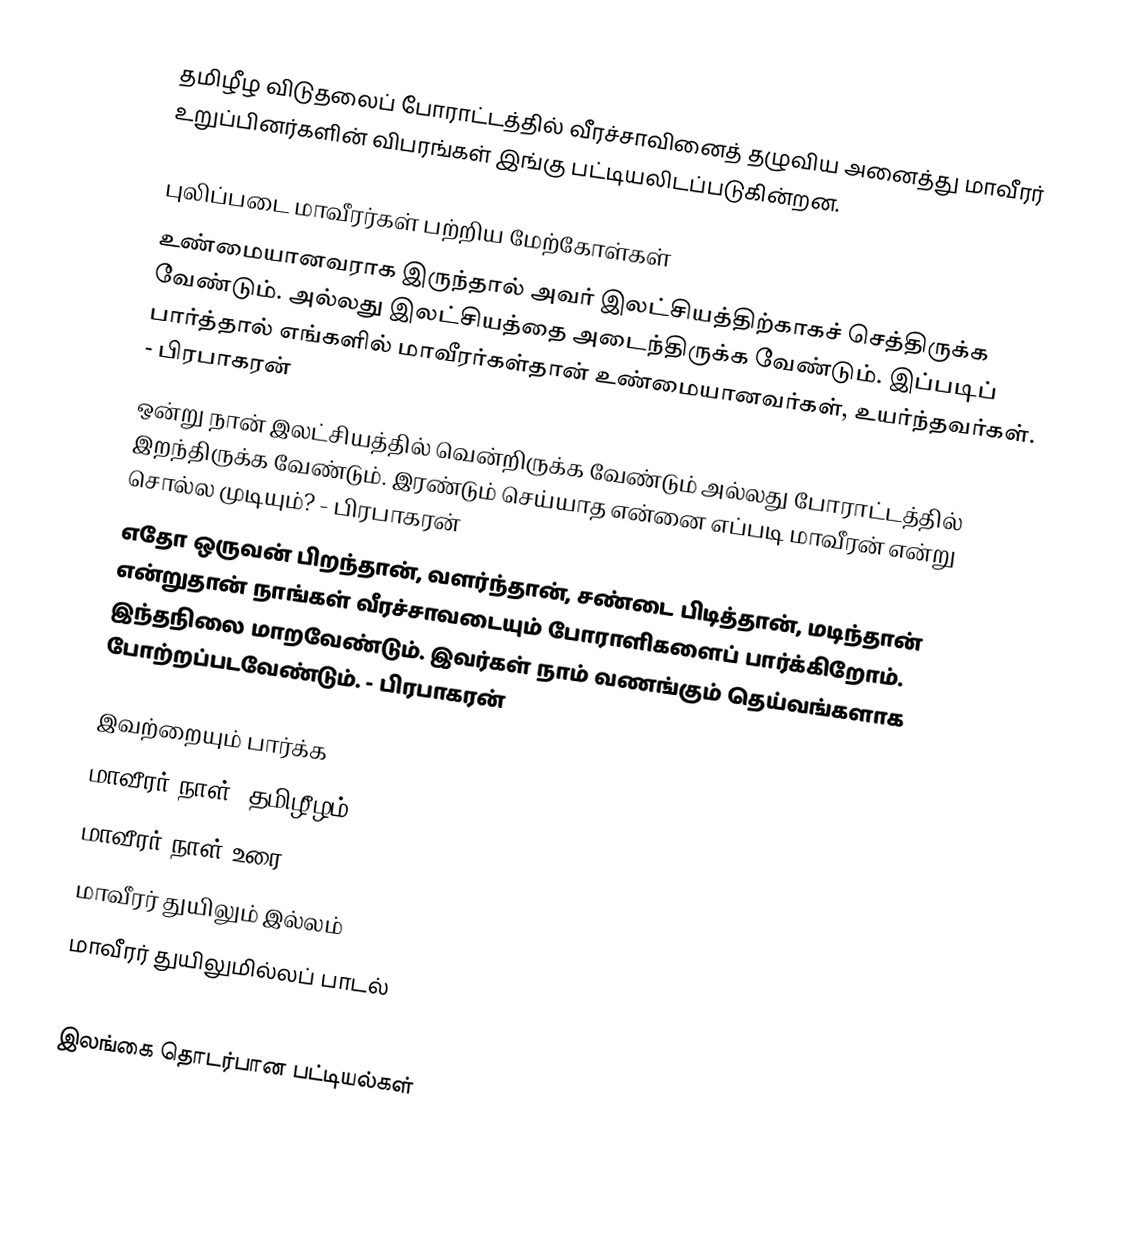
தமிழீழ விடுதலைப் போராட்டத்தில் வீரச்சாவினைத் தழுவிய அனைத்து மாவீரர் உறுப்பினர்களின் விபரங்கள் இங்கு பட்டியலிடப்படுகின்றன.

புலிப்படை மாவீரர்கள் பற்றிய மேற்கோள்கள்
 உண்மையானவராக இருந்தால் அவர் இலட்சியத்திற்காகச் செத்திருக்க வேண்டும். அல்லது இலட்சியத்தை அடைந்திருக்க வேண்டும். இப்படிப் பார்த்தால் எங்களில் மாவீரர்கள்தான் உண்மையானவர்கள், உயர்ந்தவர்கள். - பிரபாகரன்
 ஒன்று நான் இலட்சியத்தில் வென்றிருக்க வேண்டும் அல்லது போராட்டத்தில் இறந்திருக்க வேண்டும். இரண்டும் செய்யாத என்னை எப்படி மாவீரன் என்று சொல்ல முடியும்? - பிரபாகரன்
 எதோ ஒருவன் பிறந்தான், வளர்ந்தான், சண்டை பிடித்தான், மடிந்தான் என்றுதான் நாங்கள் வீரச்சாவடையும் போராளிகளைப் பார்க்கிறோம். இந்தநிலை மாறவேண்டும். இவர்கள் நாம் வணங்கும் தெய்வங்களாக போற்றப்படவேண்டும். - பிரபாகரன்

இவற்றையும் பார்க்க
 மாவீரர் நாள் (தமிழீழம்)
 மாவீரர் நாள் உரை
 மாவீரர் துயிலும் இல்லம்
 மாவீரர் துயிலுமில்லப் பாடல்

இலங்கை தொடர்பான பட்டியல்கள்